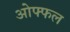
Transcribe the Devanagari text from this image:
ओफ्फल